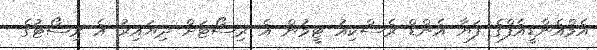
އެމްއެންޑީއެފްގެ ފަޔާ އެންޑް ރެސްކިއު ޓީމުން އެ ރިސޯޓަށް ދިޔައިރު އެ ރިސޯޓުގެ